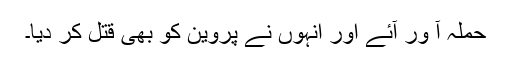
حملہ آ ور آئے اور انہوں نے پروین کو بھی قتل کر دیا۔